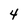
Character: 4